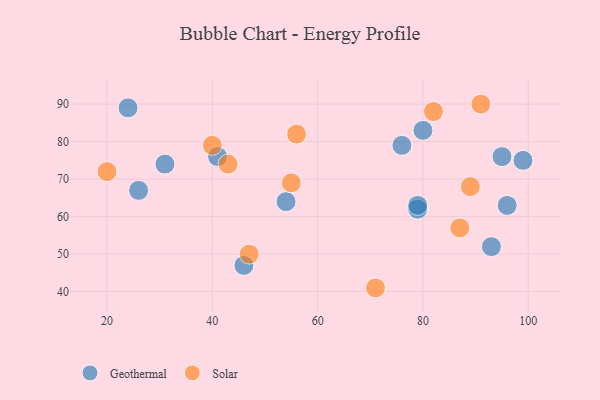
{"axis": {"x": "GDP", "y": "Life Expectancy"}, "legend": ["Geothermal", "Solar"], "data": [{"x": "54", "y": 64, "type": "Geothermal"}, {"x": "79", "y": 62, "type": "Geothermal"}, {"x": "31", "y": 74, "type": "Geothermal"}, {"x": "93", "y": 52, "type": "Geothermal"}, {"x": "46", "y": 47, "type": "Geothermal"}, {"x": "99", "y": 75, "type": "Geothermal"}, {"x": "95", "y": 76, "type": "Geothermal"}, {"x": "96", "y": 63, "type": "Geothermal"}, {"x": "79", "y": 63, "type": "Geothermal"}, {"x": "24", "y": 89, "type": "Geothermal"}, {"x": "41", "y": 76, "type": "Geothermal"}, {"x": "26", "y": 67, "type": "Geothermal"}, {"x": "76", "y": 79, "type": "Geothermal"}, {"x": "80", "y": 83, "type": "Geothermal"}, {"x": "47", "y": 50, "type": "Solar"}, {"x": "43", "y": 74, "type": "Solar"}, {"x": "20", "y": 72, "type": "Solar"}, {"x": "40", "y": 79, "type": "Solar"}, {"x": "82", "y": 88, "type": "Solar"}, {"x": "87", "y": 57, "type": "Solar"}, {"x": "55", "y": 69, "type": "Solar"}, {"x": "89", "y": 68, "type": "Solar"}, {"x": "91", "y": 90, "type": "Solar"}, {"x": "71", "y": 41, "type": "Solar"}, {"x": "56", "y": 82, "type": "Solar"}]}